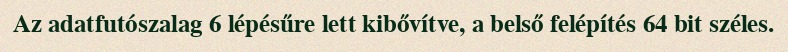
Az adatfutószalag 6 lépésűre lett kibővítve, a belső felépítés 64 bit széles.